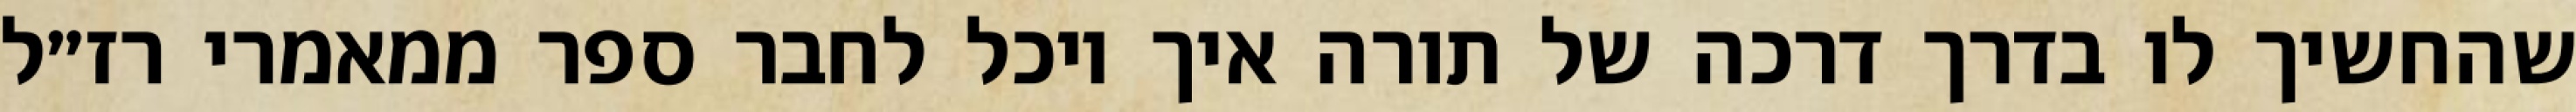
שהחשיך לו בדרך דרכה של תורה איך יוכל לחבר ספר ממאמרי רז״ל